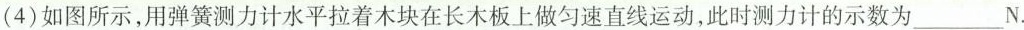
(4)如图所示，用弹簧测力计水平拉着木块在长木板上做匀速直线运动，此时测力计的示数为___N.